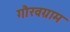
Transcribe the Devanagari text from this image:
गौरवग्राम